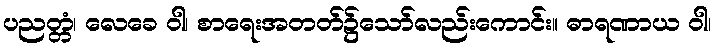
ပညတ္တံ၊ လေခေ ဝါ၊ စာရေးအတတ်၌သော်လည်းကောင်း။ ဓာရဏာယ ဝါ၊